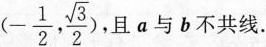
(- \frac{1}{2}, \frac{\sqrt{3}}{2})$$ ，且a与b不共线.